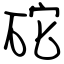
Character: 砣